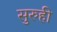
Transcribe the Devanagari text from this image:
सुरुही